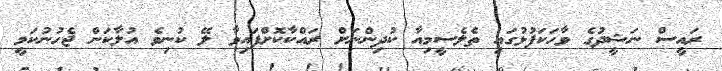
ރައީސް ނަޝީދުގެ ވާހަކަފުޅުގައި ތެލެސީމިއާ ކުދިންނަށް ރައްކާކޮށްފައިވާ ލޭ ކުނިވެ އުލާކަން ޖެހުނުކަމީ